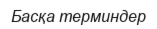
Басқа терминдер